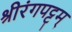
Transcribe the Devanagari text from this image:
श्रीरंगपट्टम्